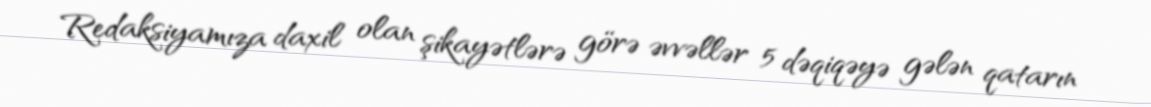
Redaksiyamıza daxil olan şikayətlərə görə əvvəllər 5 dəqiqəyə gələn qatarın